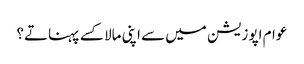
عوام اپوزیشن میں سے اپنی مالا کسے پہناتے؟